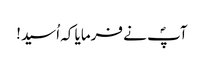
آپؐ نے فرمایا کہ اُسید!